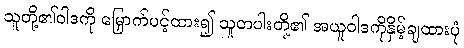
သူတို့၏ဝါဒကို မြှောက်ပင့်ထား၍ သူတပါးတို့၏ အယူဝါဒကိုနှိမ့်ချထားပုံ